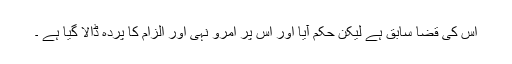
اس کی قضا سابق ہے لیکن حکم آیا اور اس پر امرو نہی اور الزام کا پردہ ڈالا گیا ہے ۔